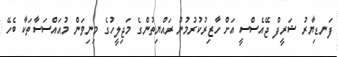
ފަނޑިޔާރު ޝަރީފް ޖޭއެސްސީ އަށް ހާޒިރުކުރުމުން ރައްޔިތުންގެ މަޖިލީހުގެ މިނިވަން މުއައްސަސާތަކާ ބެހޭ